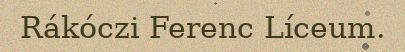
Rákóczi Ferenc Líceum.